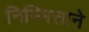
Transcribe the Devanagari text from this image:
निम्मित्ताने